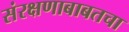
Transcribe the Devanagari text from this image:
संरक्षणाबाबतचा